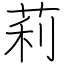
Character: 莉